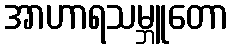
အာဟာရသမ္ဘူတော